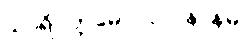
သာရိပုတ္တမောဂ္ဂလ္လာနာနမ္ပိ